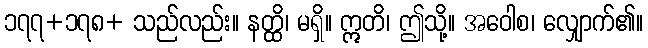
၁၇၇+၁၇၈+ သည်လည်း။ နတ္ထိ၊ မရှိ။ ဣတိ၊ ဤသို့။ အဝေါစ၊ လျှောက်၏။